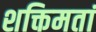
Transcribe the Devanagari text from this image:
शक्तिमतां